Leningradi_Edasi_toimetus, lk 193
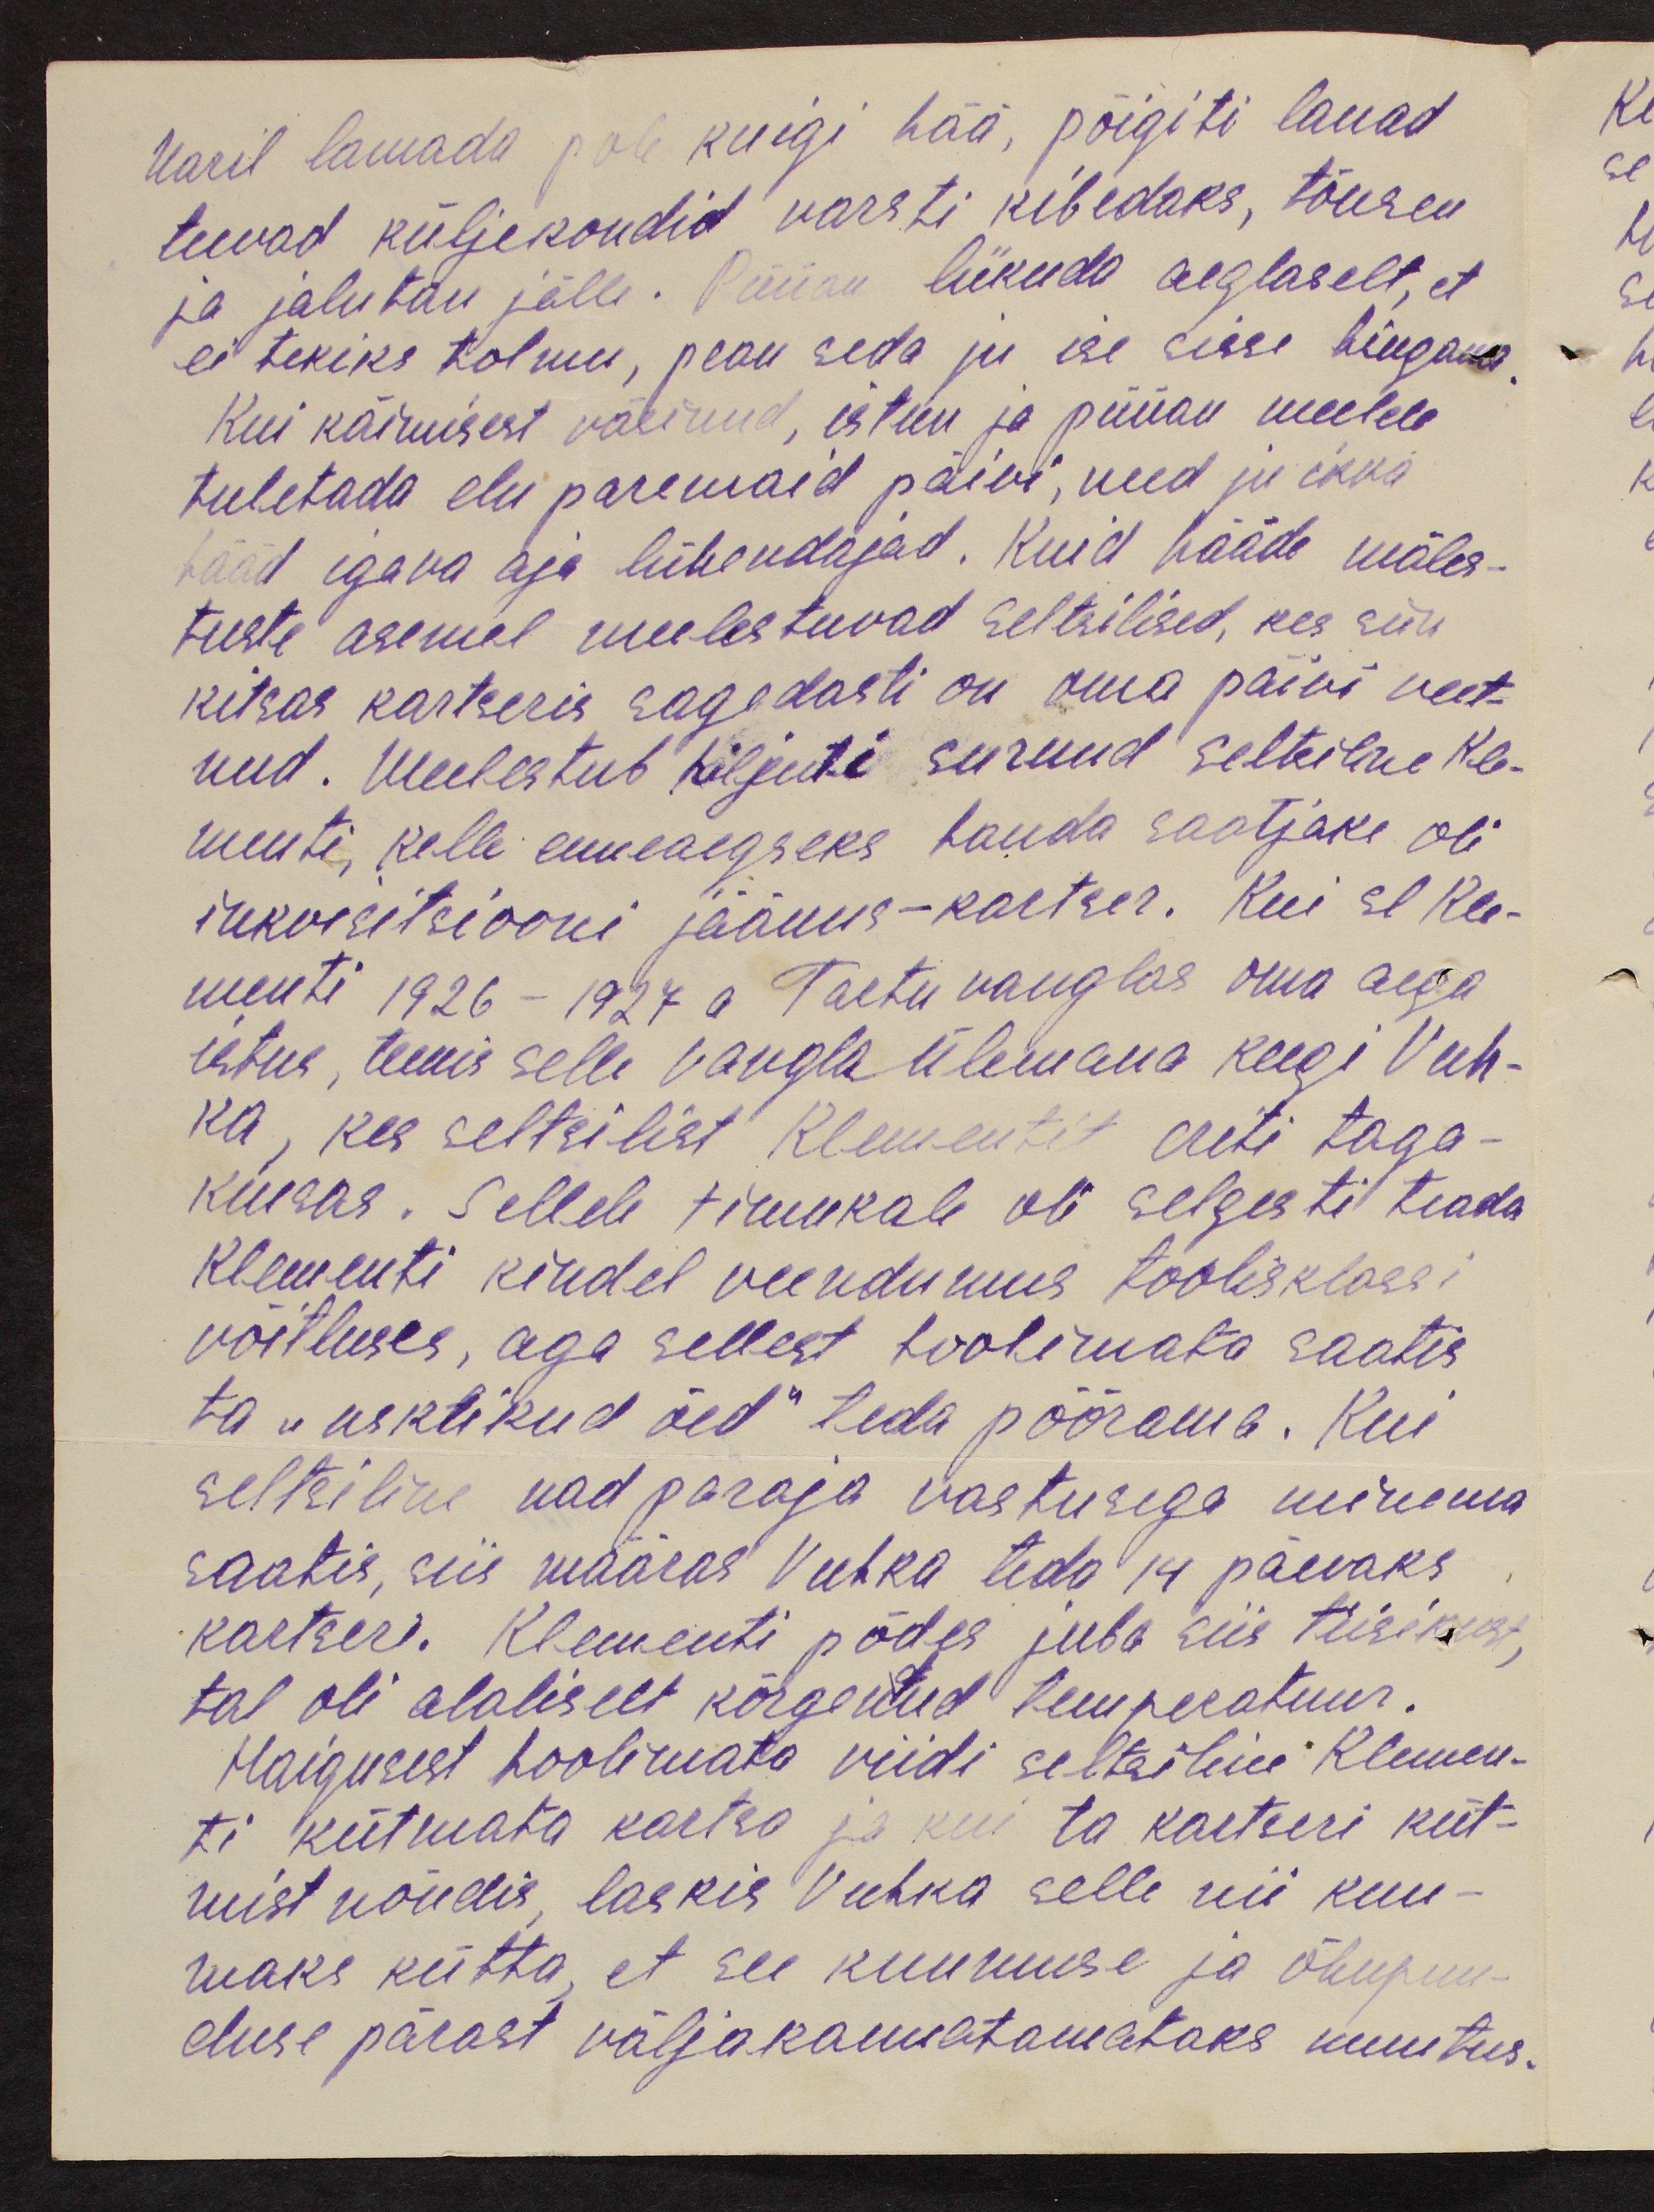
Naril lamada pole kuigi hää, põigiti lauad
teevad küljekondid varsti kibedaks, tõusen
ja jalutan jälle. Püüan liikuda aeglaselt, et
ei tekiks tolmu, pean seda ju ise sisse hingama.
Kui käimisest väsinud, istun ja püüav meelde
tuletada elu paremaid päivi, need ju ikka
hääd igava aja lühendajad. Kuid hääde mäles-
tuste asemel meelestuvad seltsilised, kes siin
kitsas kartseris sagedasti on oma päivi veet-
nud. Meelestub hiljuti surnud seltsilne Kle-
menti, kelle enneaegseks hauda saatjaks oli
inkvisitsiooni jäänus-kartser. Kui se Kle-
menti 1926 - 1927 a Tartu vanglas oma aega
istus, teenis selle vangla ülemana keegi Vuh-
ka, kes seltsilist Klementit eriti taga-
kiusas. Sellele timukale oli selgesti teada
Klementi kindel veendumus töölisklassi
võitluses, aga sellest hoolimata saatis
ta "usklikud õed" teda pöörama. Kui
seltsiline nad paraja vastusega minema
saatis, siis määras Vuhka teda 14 päevaks
kartseri. Klementi põdes juba siis tiisikust,
tal oli alaliselt kõrgenud temperatuur.
Haigusest hoolimata viidi seltsilini Klemen-
ti kütmata kartsa ja kui ta kartseri küt-
mist nõudis, laskis Vuhka selle nii kuu-
maks kütta, et see kuumuse ja õhupuu-
duse pärast väljakannatamataks muutus.